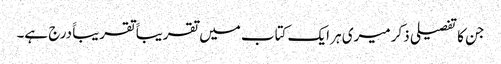
جن کا تفصیلی ذکر میری ہر ایک کتاب میں تقریباََ تقریباََ درج ہے۔